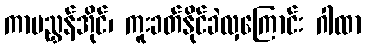
ကာမညွှန်အိုင်၊ ကူးခတ်နိုင်ခဲလှကြောင်း ဂါထာ